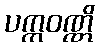
ပက္ကဝဏ္ဏိ